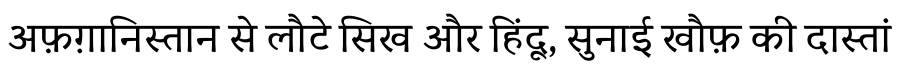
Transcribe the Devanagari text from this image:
अफ़ग़ानिस्तान से लौटे सिख और हिंदू, सुनाई खौफ़ की दास्तां